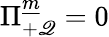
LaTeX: \Pi_{+\mathscr{Q}}^{\underline{{{{m}}}}}=0